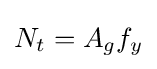
N_{t}=A_{g}f_{y}